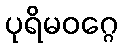
ပုရိမဝဂ္ဂေ